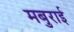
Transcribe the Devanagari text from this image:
मबुराई